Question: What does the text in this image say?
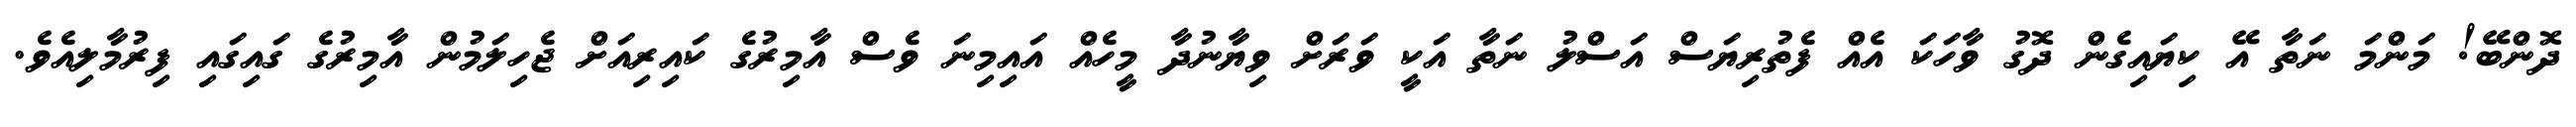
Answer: ދޮންބޭ! މަންމަ ނަތާ އޭ ކިޔައިގެން ދޮގު ވާހަކަ އެއް ފެތުރިޔަސް އަސްލު ނަތާ އަކީ ވަރަށް ވިޔާނުދާ މީހެއް އައިމިނަ ވެސް އާމިރުގެ ކައިރިއަށް ޖެހިލަމުން އާމިރުގެ ގައިގައި ފިރުމާލިއެވެ.